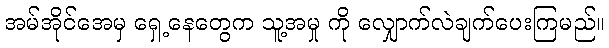
အမ်အိုင်အေမှ ရှေ့နေတွေက သူ့အမှု ကို လျှောက်လဲချက်ပေးကြမည်။